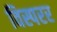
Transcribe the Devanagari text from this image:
विस्परर